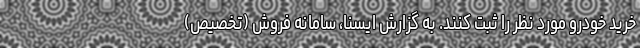
خرید خودرو مورد نظر را ثبت‌ کنند. به گزارش ایسنا، سامانه فروش (تخصیص)